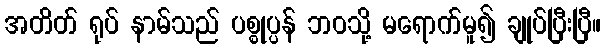
အတိတ် ရုပ် နာမ်သည် ပစ္စုပ္ပန် ဘဝသို့ မရောက်မူ၍ ချုပ်ပြီးပြီ။